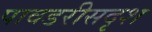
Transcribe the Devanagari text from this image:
पावडरीसदृश